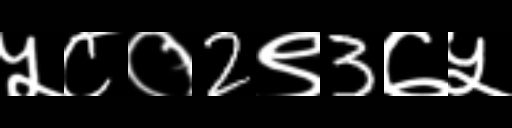
Text: ५८०2९3७५